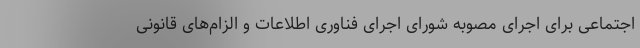
اجتماعی برای اجرای مصوبه شورای اجرای فناوری اطلاعات و الزام‌های قانونی